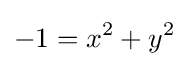
-1=x^{2}+y^{2}